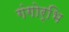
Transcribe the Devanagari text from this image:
गंगोर्भि